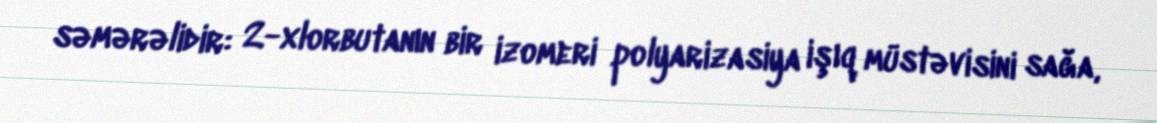
səmərəlidir: 2-xlorbutanın bir izomeri polyarizasiya işıq müstəvisini sağa,